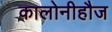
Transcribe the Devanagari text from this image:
कालोनीहौज